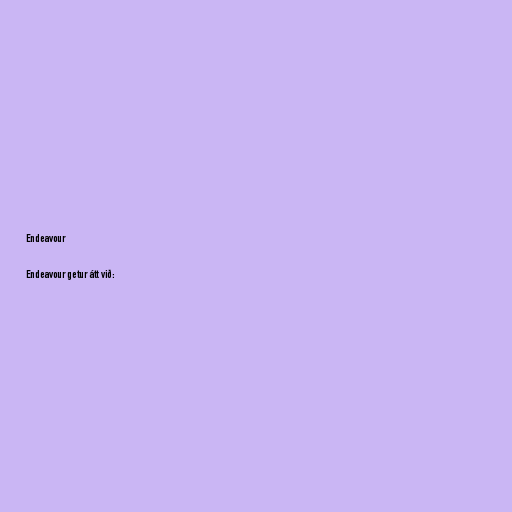
Endeavour

Endeavour getur átt við: